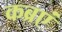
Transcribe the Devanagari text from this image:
कब्रएं